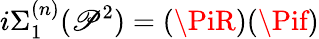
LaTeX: i\Sigma_{1}^{(n)}(\mathscr{P}^{2})=(\PiR)(\Pif)